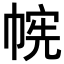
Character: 𫷉